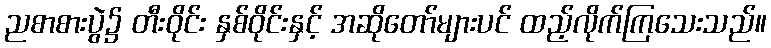
ညစာစားပွဲ၌ တီးဝိုင်း နှစ်ဝိုင်းနှင့် အဆိုတော်များပင် ထည့်လိုက်ကြသေးသည်။